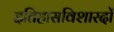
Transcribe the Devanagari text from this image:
इतिहासविशारदों